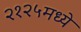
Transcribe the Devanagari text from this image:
२१२५मध्ये